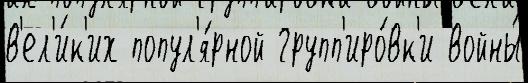
в'ел'и́к'их попул'я́рной групп'иро́вк'и войны́